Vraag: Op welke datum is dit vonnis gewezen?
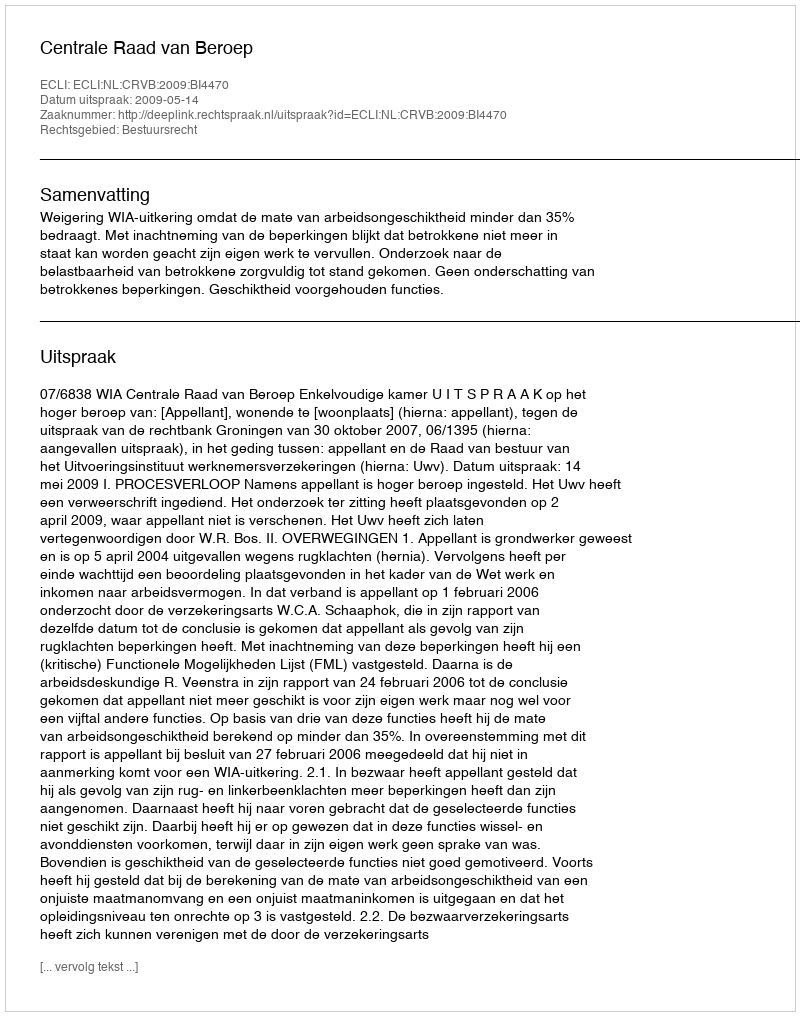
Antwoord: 2009-05-14